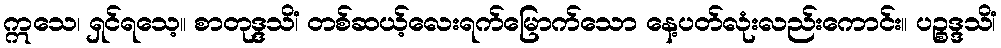
ဣသေ၊ ရှင်ရသေ့။ စာတုဒ္ဒသိံ၊ တစ်ဆယ့်လေးရက်မြောက်သော နေ့ပတ်လုံးလည်းကောင်း။ ပဉ္စဒ္ဒသိံ၊